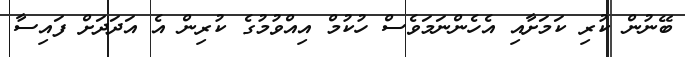
ބޭނުން ކުރި ކަމަށާއި އެހެންނަމަވެސް ހުކުމް އިއްވުމުގެ ކުރިން އެ އަދަދަށް ފައިސާ